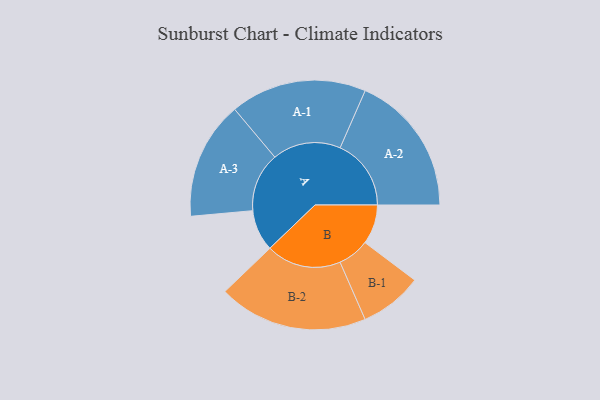
{"axis": {"x": "Segment", "y": "Value"}, "legend": ["", "A", "B"], "data": [{"x": "A", "y": 163, "type": ""}, {"x": "B", "y": 156, "type": ""}, {"x": "A-1", "y": 269, "type": "A"}, {"x": "A-2", "y": 280, "type": "A"}, {"x": "A-3", "y": 233, "type": "A"}, {"x": "B-1", "y": 124, "type": "B"}, {"x": "B-2", "y": 295, "type": "B"}]}